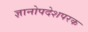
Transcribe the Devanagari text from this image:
ज्ञानोपदेशपरक